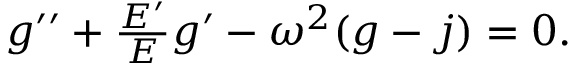
\begin{array} { r } { g ^ { \prime \prime } + \frac { E ^ { \prime } } { E } g ^ { \prime } - \omega ^ { 2 } ( g - j ) = 0 . } \end{array}